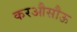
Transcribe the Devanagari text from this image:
करऔसौऊ